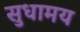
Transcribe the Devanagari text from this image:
सुधामय